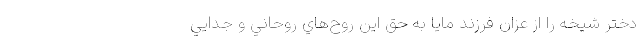
دختر شيخه را از عزّان فرزند مايا به حق اين روح‌هاي روحاني و جدايي